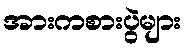
အားကစားပွဲများ